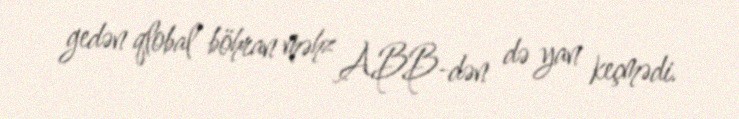
gedən qlobal böhran məhz ABB-dən də yan keçmədi.